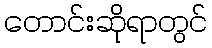
တောင်းဆိုရာတွင်